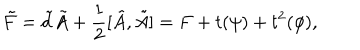
LaTeX: \tilde { F } = \tilde { d } \tilde { A } + \frac { 1 } { 2 } [ \tilde { A } , \tilde { A } ] = F + t ( \psi ) + t ^ { 2 } ( \phi ) ,